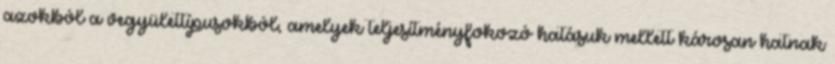
azokból a vegyülettípusokból, amelyek teljesítményfokozó hatásuk mellett károsan hatnak